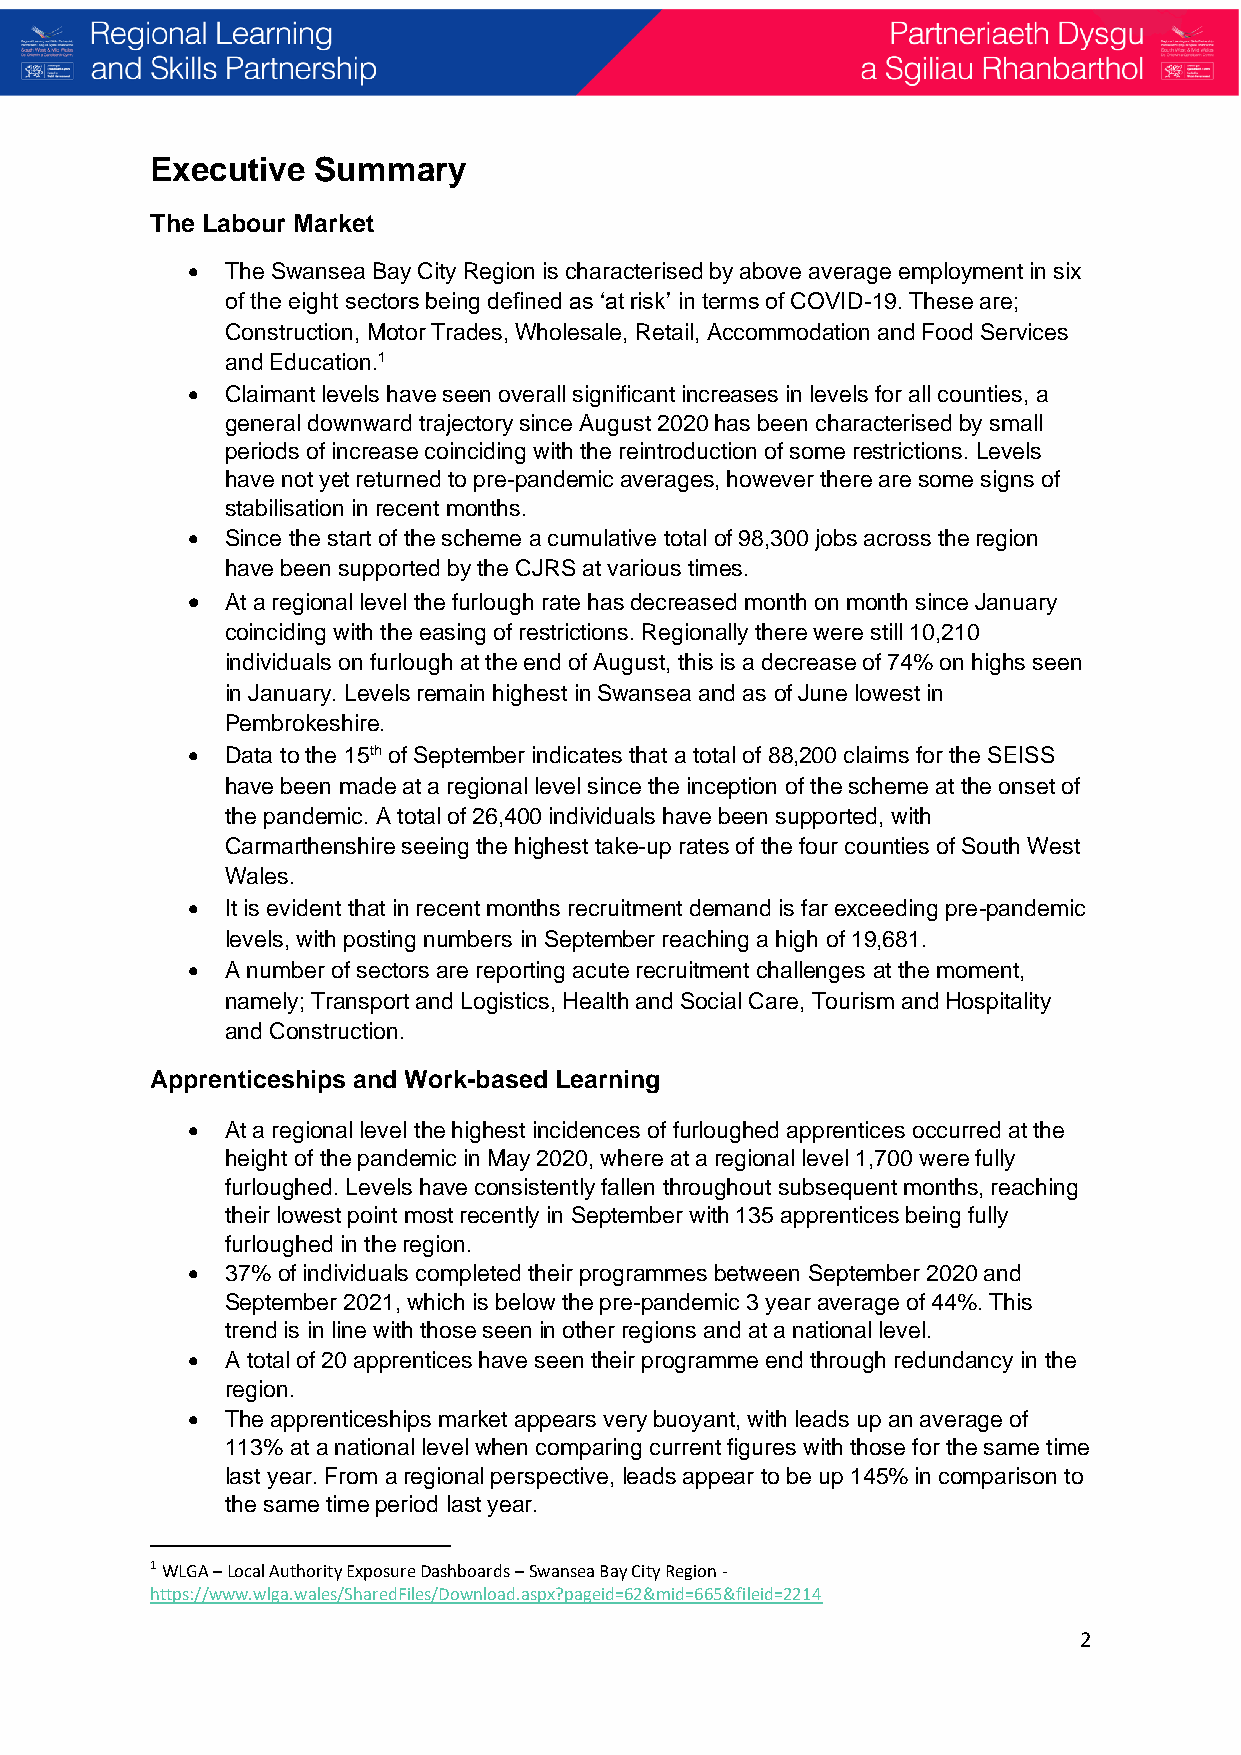
Executive  Summary
 The Labour Market
 •  The Swansea Bay City Region is characterised by above average employment in six
 of the eight sectors being defined as ‘at risk’ in terms of COVID-19. These are;
 Construction, Motor Trades, Wholesale, Retail, Accommodation and Food Services
 and Education.1
 •  Claimant levels have seen overall significant increases in levels for all counties, a
 general downward trajectory since August 2020 has been characterised by small
 periods of increase coinciding with the reintroduction of some restrictions. Levels
 have not yet returned to pre-pandemic averages, however there are some signs of
 stabilisation in recent months.
 •  Since the start of the scheme a cumulative total of 98,300 jobs across the region
 have been supported by the CJRS at various times.
 •  At a regional level the furlough rate has decreased month on month since January
 coinciding with the easing of restrictions. Regionally there were still 10,210
 individuals on furlough at the end of August, this is a decrease of 74% on highs seen
 in January. Levels remain highest in Swansea and as of June lowest in
 Pembrokeshire.
 •  Data to the 15th of September indicates that a total of 88,200 claims for the SEISS
 have been made at a regional level since the inception of the scheme at the onset of
 the pandemic. A total of 26,400 individuals have been supported, with
 Carmarthenshire seeing the highest take-up rates of the four counties of South West
 Wales.
 •  It is evident that in recent months recruitment demand is far exceeding pre-pandemic
 levels, with posting numbers in September reaching a high of 19,681.
 •  A number of sectors are reporting acute recruitment challenges at the moment,
 namely; Transport and Logistics, Health and Social Care, Tourism and Hospitality
 and Construction.
 Apprenticeships and Work-based Learning
 •  At a regional level the highest incidences of furloughed apprentices occurred at the
 height of the pandemic in May 2020, where at a regional level 1,700 were fully
 furloughed. Levels have consistently fallen throughout subsequent months, reaching
 their lowest point most recently in September with 135 apprentices being fully
 furloughed in the region.
 •  37% of individuals completed their programmes between September 2020 and
 September 2021, which is below the pre-pandemic 3 year average of 44%. This
 trend is in line with those seen in other regions and at a national level.
 •  A total of 20 apprentices have seen their programme end through redundancy in the
 region.
 •  The apprenticeships market appears very buoyant, with leads up an average of
 113% at a national level when comparing current figures with those for the same time
 last year. From a regional perspective, leads appear to be up 145% in comparison to
 the same time period last year.
 1 WLGA – Local Authority Exposure Dashboards – Swansea Bay City Region -
 https://www.wlga.wales/SharedFiles/Download.aspx?pageid=62&mid=665&fileid=2214
 2